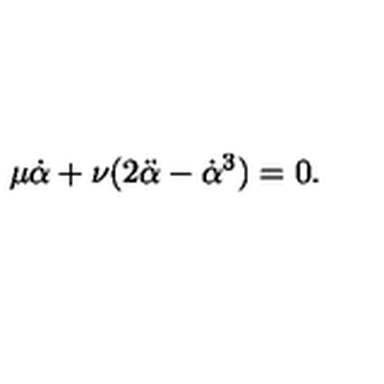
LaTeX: \mu { \dot { \alpha } } + \nu ( 2 { \ddot { \alpha } } - { \dot { \alpha } } ^ { 3 } ) = 0 .